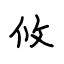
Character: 攸